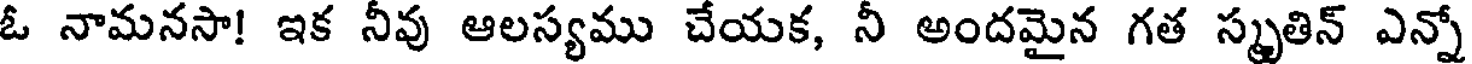
ఓ నామనసా! ఇక నీవు ఆలస్యము చేయక, నీ అందమైన గత స్మృతిన్ ఎన్నో